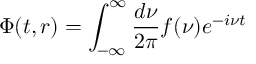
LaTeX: \Phi ( t , r ) = \int _ { - \infty } ^ { \infty } { \frac { d \nu } { 2 \pi } } f ( \nu ) e ^ { - i \nu t }